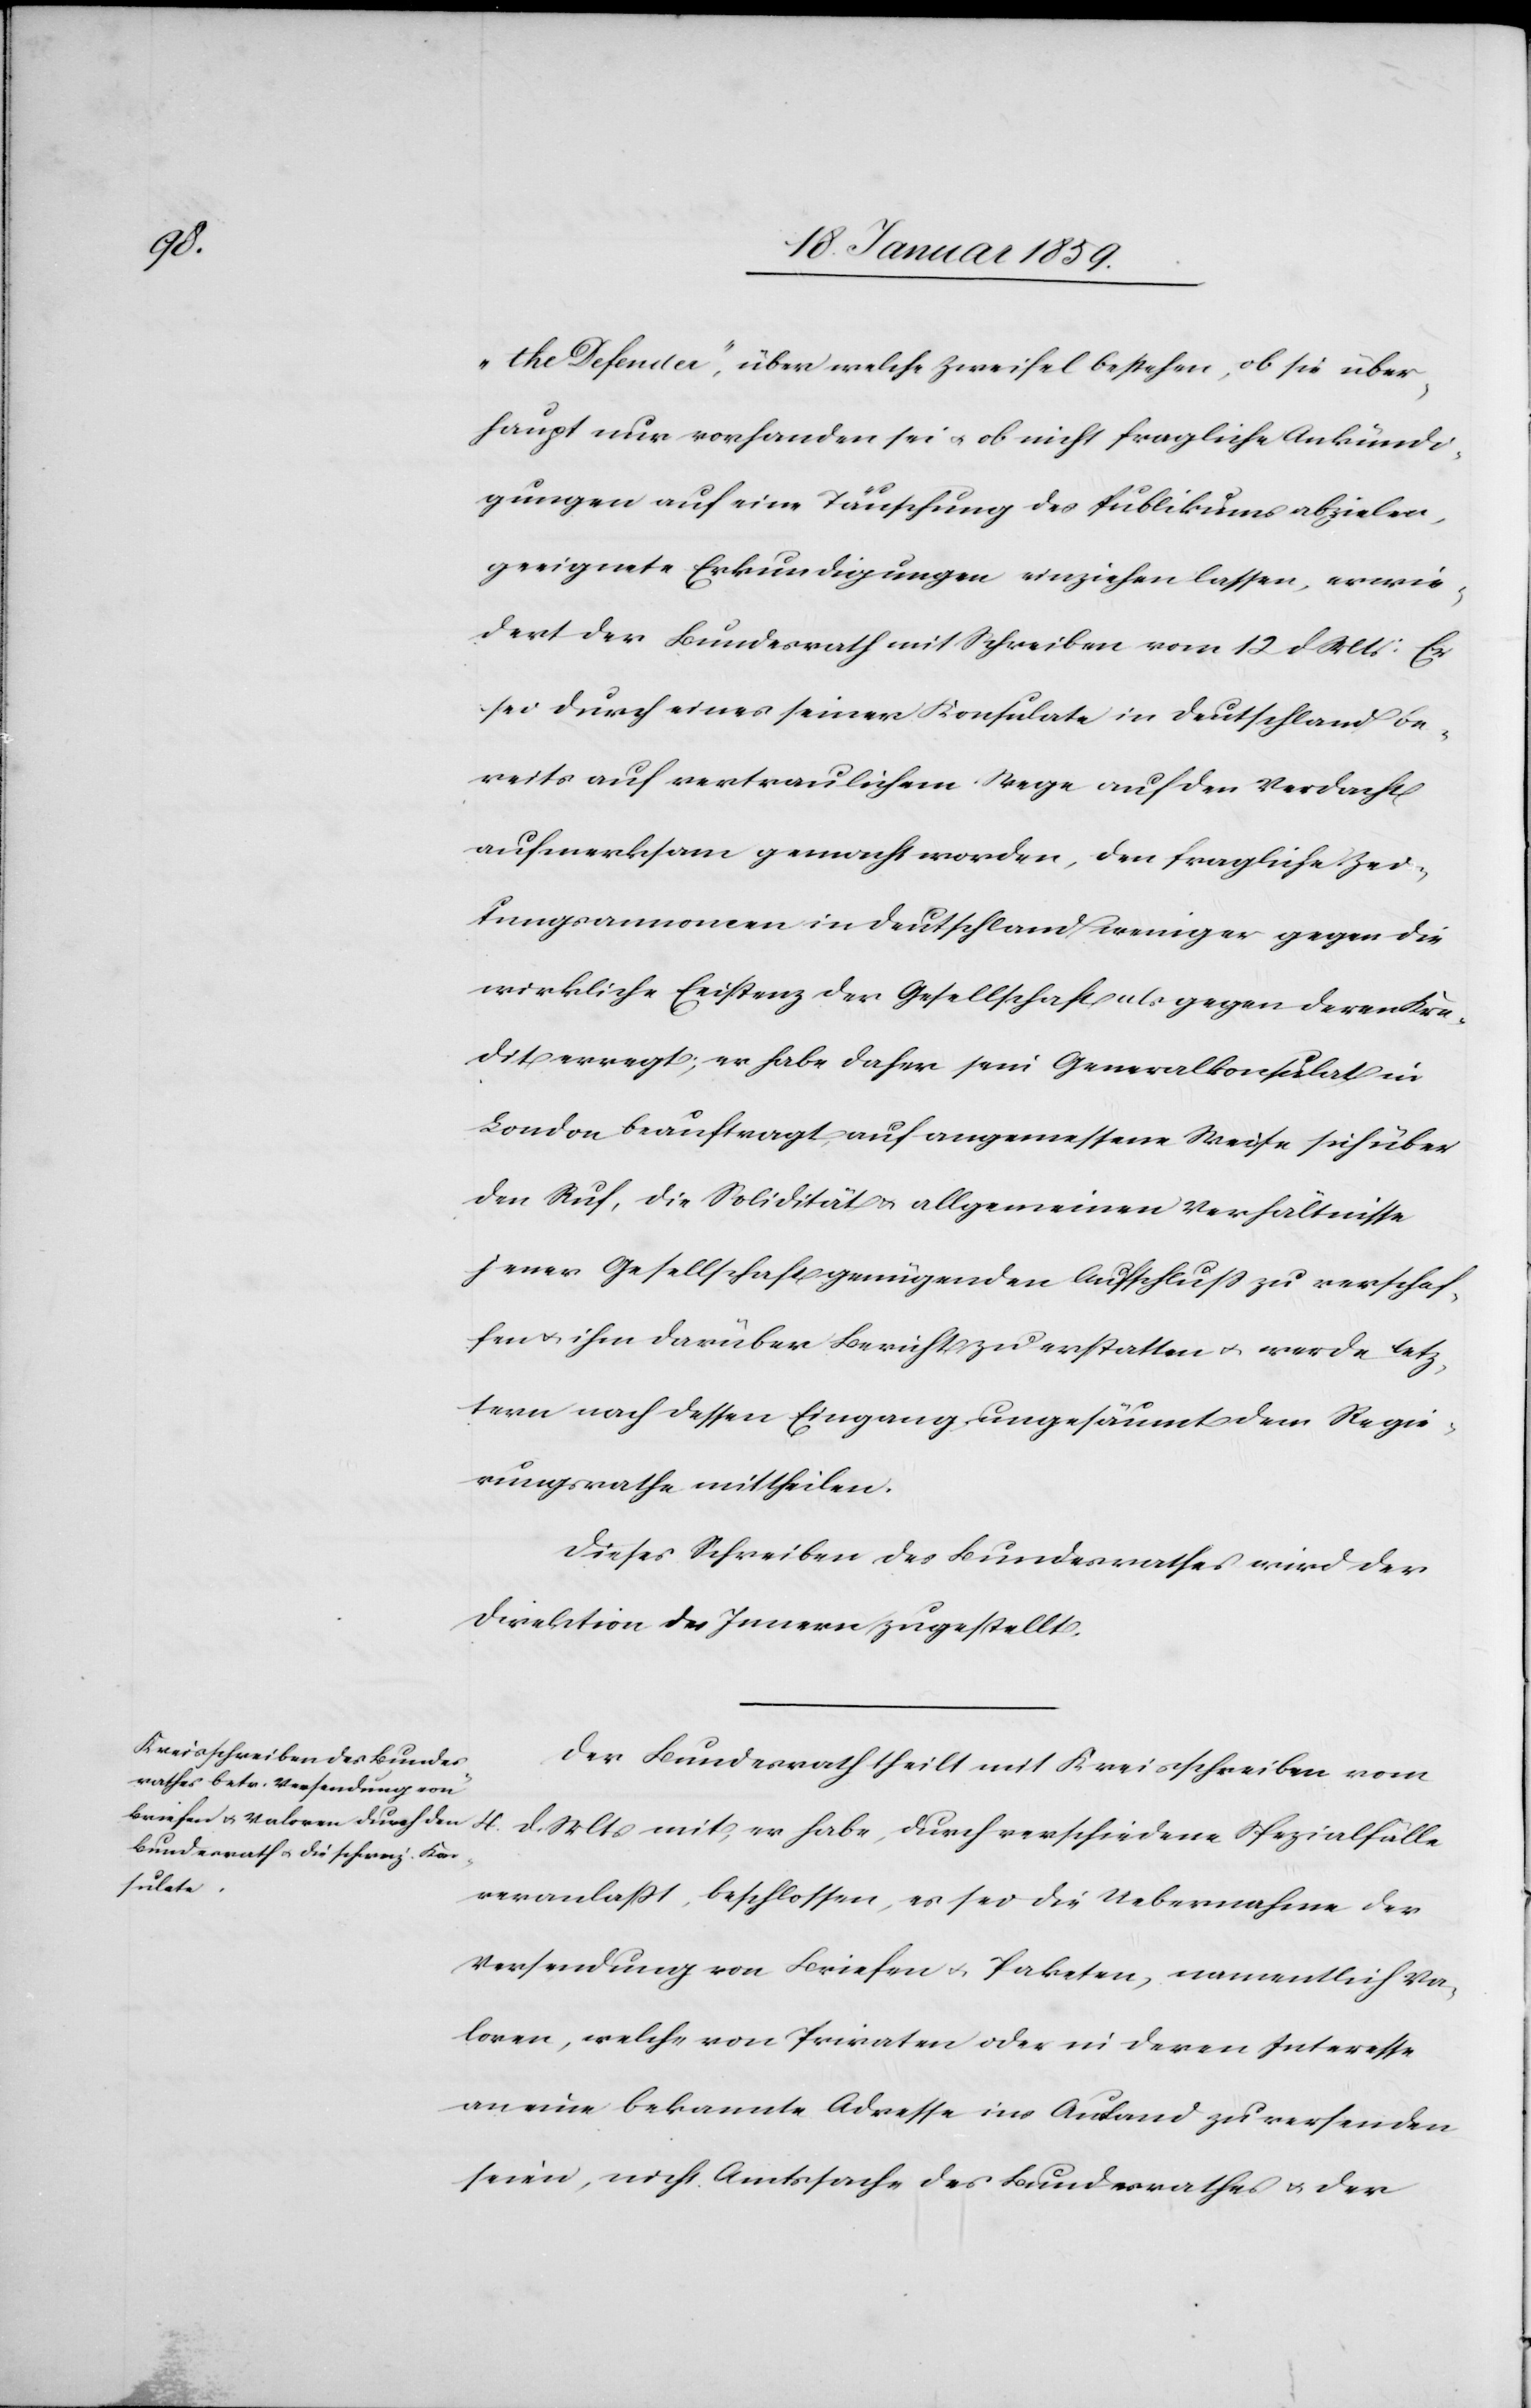
Mts

„the Defender“, über welche Zweifel bestehen, ob sie über¬
haupt nur vorhanden sei u. ob nicht fragliche Ankündi¬
gungen auf eine Täuschung des Publikums abzielen,
geeignete Erkundigungen einziehen lassen, erwie¬
dert der Bundesrath mit Schreiben vom 12 d Mts: Er
sei durch eines seiner Konsulate in Deutschland be¬
reits auf vertraulichem Wege auf den Verdacht
aufmerksam gemacht worden, den fragliche Zei¬
tungsannoncen in Deutschland weniger gegen die
wirkliche Existenz der Gesellschaft als gegen deren Kre¬
dit erregt; er habe daher sein Generalkonsulat in
London beauftragt, auf angemessene Weise sich über
den Ruf, die Solidität u. allgemeinen Verhältnisse
jener Gesellschaft genügenden Aufschluß zu verschaf¬
fen u. ihm darüber Bericht zu erstatten u. werde letz¬
tern nach dessen Eingang ungesäumt dem Regie¬
rungsrathe mittheilen.
Dieses Schreiben des Bundesrathes wird der
Direktion des Innern zugestellt.
Der Bundesrath theilt mit Kreisschreiben vom
veranlaßt, beschlossen, es sei die Uebernahme der
Versendung von Briefen u. Paketen, namentlich Va¬
loren, welche von Privaten oder in deren Interesse
an eine bekannte Adresse im Ausland zu versenden
sind, nicht Amtssache des Bundesrathes u. der